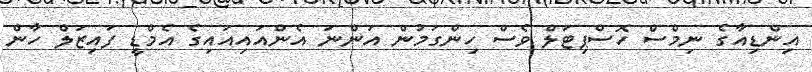
އިންޑިއާގެ ނިމްސް ހޮސްޕިޓަލް ވެސް ހިންގަމުން އަންނަ އެންއައިއައިގެ އެމްޑީ ފައިޒަލް ހާން